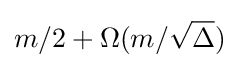
m/2+\Omega (m/{\sqrt {\Delta }})